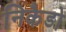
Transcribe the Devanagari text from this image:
निकैडो